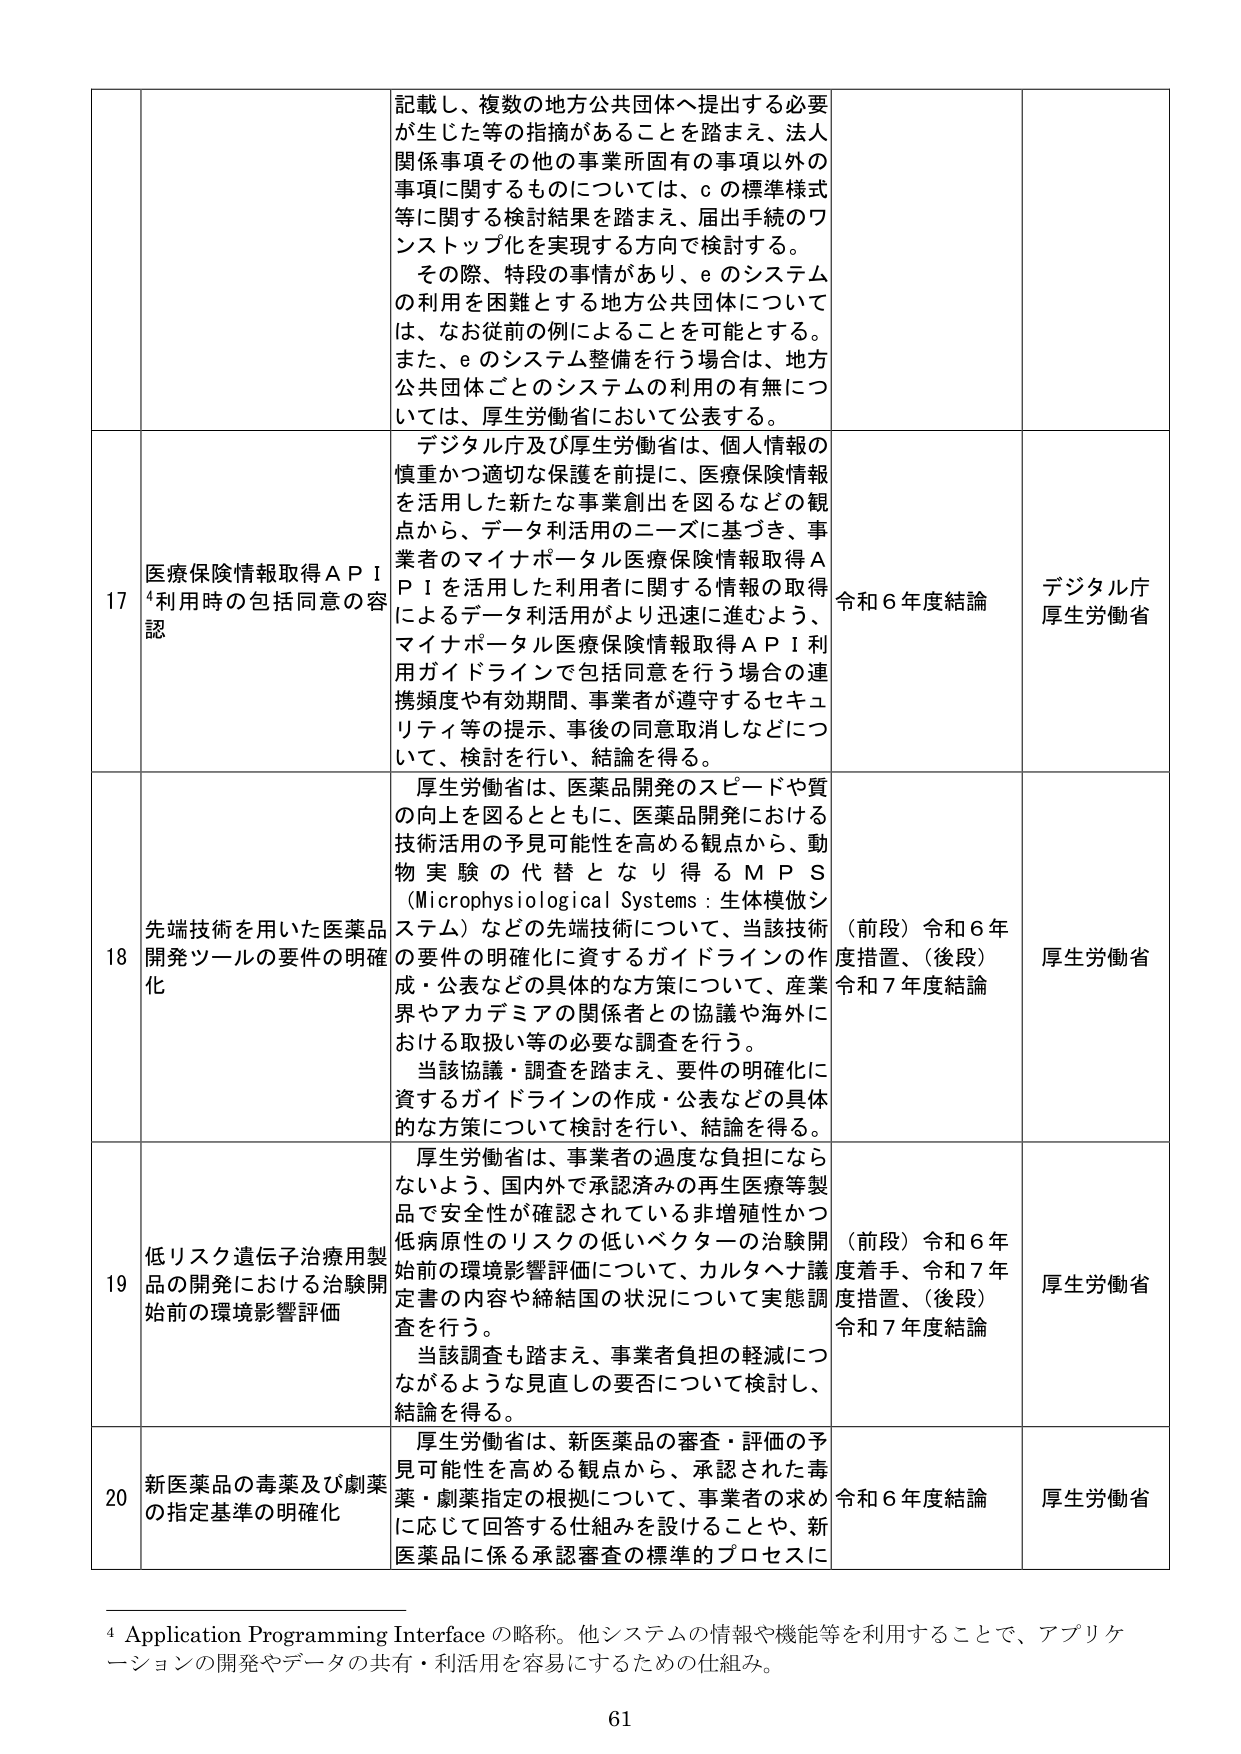
17 医療保険情報取得ＡＰＩ利用時の包括同意の容認
記載し、複数の地方公共団体へ提出する必要が生じた等の指摘があることを踏まえ、法人関係事項その他の事業所固有の事項以外の事項に関するものについては、ｃの標準様式等に関する検討結果を踏まえ、届出手続きのワンストップ化を実現する方向で検討する。
その際、特段の事情があり、ｅのシステムの利用を困難とする地方公共団体については、なお従前の例によることを可能とする。また、ｅのシステム整備を行う場合は、地方公共団体ごとのシステムの利用の有無について、厚生労働省において公表する。
令和６年度結論
デジタル庁 厚生労働省

18 先端技術を用いた医薬品開発ツールの要件の明確化
デジタル庁及び厚生労働省は、個人情報の慎重かつ適切な保護を前提に、医療保険情報を活用した新たな事業創出を図るなどの観点から、データ利活用のニーズに基づき、事業者のマイナポータル医療保険情報取得ＡＰＩを活用した利用者に関する情報の取得によるデータ利活用がより迅速に進むよう、マイナポータル医療保険情報取得ＡＰＩ利用ガイドラインで包括同意を行う場合の連携頻度や有効期間、事業者が遵守するセキュリティ等の提示、事後の同意取消しなどについて、検討を行い、結論を得る。
厚生労働省は、医薬品開発のスピードや質の向上を図るとともに、医薬品開発における技術活用の予見可能性を高める観点から、動物実験の代替となり得るＭＰＳ（Microphysiological Systems：生体模倣システム）などの先端技術について、当該技術の要件の明確化に資するガイドラインの作成・公表などの具体的な方策について、産業界やアカデミアの関係者との協議や海外における取扱い等の必要な調査を行う。
当該協議・調査を踏まえ、要件の明確化に資するガイドラインの作成・公表などの具体的な方策について検討を行い、結論を得る。
（前段）令和６年度措置、（後段）令和７年度結論
厚生労働省

19 低リスク遺伝子治療用製品の開発における治験開始前の環境影響評価
厚生労働省は、事業者の過度な負担にならないよう、国内外で承認済みの再生医療等製品で安全性が確認されている非増殖性かつ低病原性のリスクの低いベクターの治験開始前の環境影響評価について、カルタヘナ議定書の内容や締結国の状況について実態調査を行う。
当該調査も踏まえ、事業者負担の軽減につながるような見直しの要否について検討し、結論を得る。
（前段）令和６年度着手、令和７年度措置、（後段）令和７年度結論
厚生労働省

20 新医薬品の毒薬及び劇薬の指定基準の明確化
厚生労働省は、新医薬品の審査・評価の予見可能性を高める観点から、承認された毒薬・劇薬指定の根拠について、事業者の求めに応じて回答する仕組みを設けることや、新医薬品に係る承認審査の標準的プロセスに
令和６年度結論
厚生労働省

⁴ Application Programming Interface の略称。他システムの情報や機能等を利用することで、アプリケーションの開発やデータの共有・利活用を容易にするための仕組み。
61